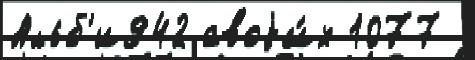
Альб'и942 своjи́х 1077